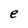
Character: e